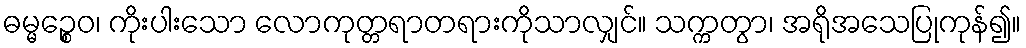
ဓမ္မဉ္စေဝ၊ ကိုးပါးသော လောကုတ္တရာတရားကိုသာလျှင်။ သက္ကတွာ၊ အရိုအသေပြုကုန်၍။